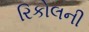
રિકોલની